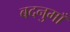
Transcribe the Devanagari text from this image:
बदनुमाँ